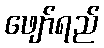
ဖျော်ရည်